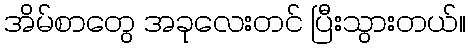
အိမ်စာတွေ အခုလေးတင် ပြီးသွားတယ်။